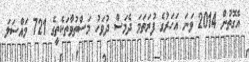
އެގޮތުން 2014 ވަނަ އަހަރުގެ ފުރަތަމަ ދެމަސް ދުވަހު މަސްތުވާތަކެތީގެ 721 މައްސަލަ